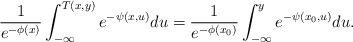
LaTeX: \begin{align*} \frac{1}{e^{-\phi(x)}}\int_{-\infty}^{T(x,y)} e^{-\psi(x,u)} du = \frac{1}{e^{-\phi(x_0)}} \int_{-\infty}^y e^{-\psi(x_0,u)} du.\end{align*}